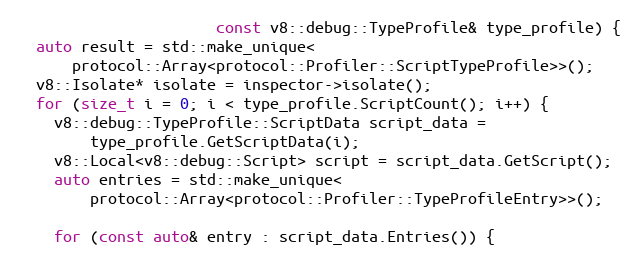
Language: C++
                      const v8::debug::TypeProfile& type_profile) {
  auto result = std::make_unique<
      protocol::Array<protocol::Profiler::ScriptTypeProfile>>();
  v8::Isolate* isolate = inspector->isolate();
  for (size_t i = 0; i < type_profile.ScriptCount(); i++) {
    v8::debug::TypeProfile::ScriptData script_data =
        type_profile.GetScriptData(i);
    v8::Local<v8::debug::Script> script = script_data.GetScript();
    auto entries = std::make_unique<
        protocol::Array<protocol::Profiler::TypeProfileEntry>>();

    for (const auto& entry : script_data.Entries()) {